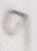
9